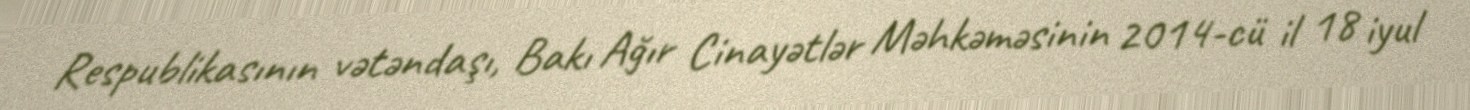
Respublikasının vətəndaşı, Bakı Ağır Cinayətlər Məhkəməsinin 2014-cü il 18 iyul